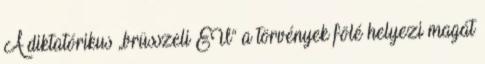
A diktatórikus „brüsszeli EU“ a törvények fölé helyezi magát